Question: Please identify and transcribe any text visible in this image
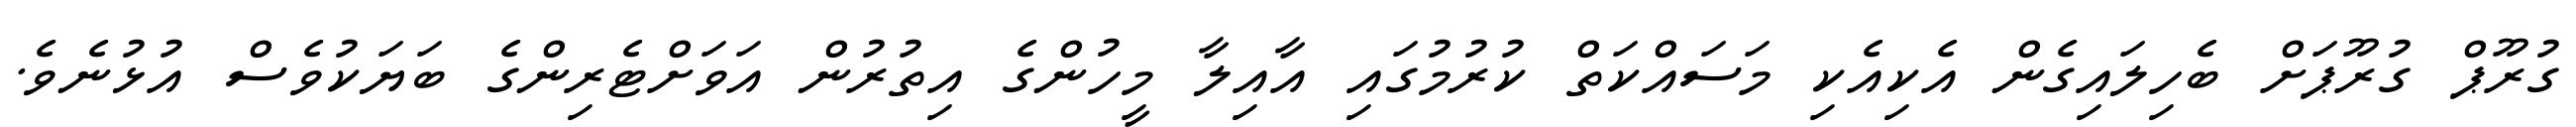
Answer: ގުރޫޕް ގުރޫޕަށް ބެހިލައިގެން އެކިއެކި މަސައްކަތް ކުރުމުގައި އާއިލާ މީހުންގެ އިތުރުން އަވަށްޓެރިންގެ ބަޔަކުވެސް އުޅުނެވެ.